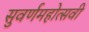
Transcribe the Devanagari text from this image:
सुवर्णमहोत्‍सवी